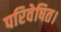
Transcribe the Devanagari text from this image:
परिवेषित।